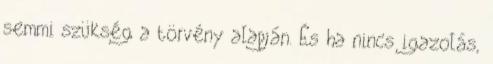
semmi szükség a törvény alapján. És ha nincs igazolás,